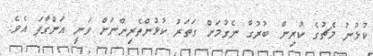
ކުޅުނު މެޗުގެ ކުރިން ބުރުގާ ނެގުމަށް ގަތަރު ކުޅުންތެރިންނަށް ވަނީ އަންގާފަ އެވެ.